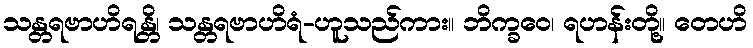
သန္တရဗာဟိရန္တိ၊ သန္တရဗာဟိရံ-ဟူသည်ကား။ ဘိက္ခဝေ၊ ရဟန်းတို့။ တေဟိ